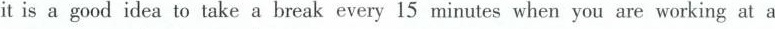
it is a good idea to take a break every 15 minutes when you are working at a